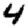
Digit: 4